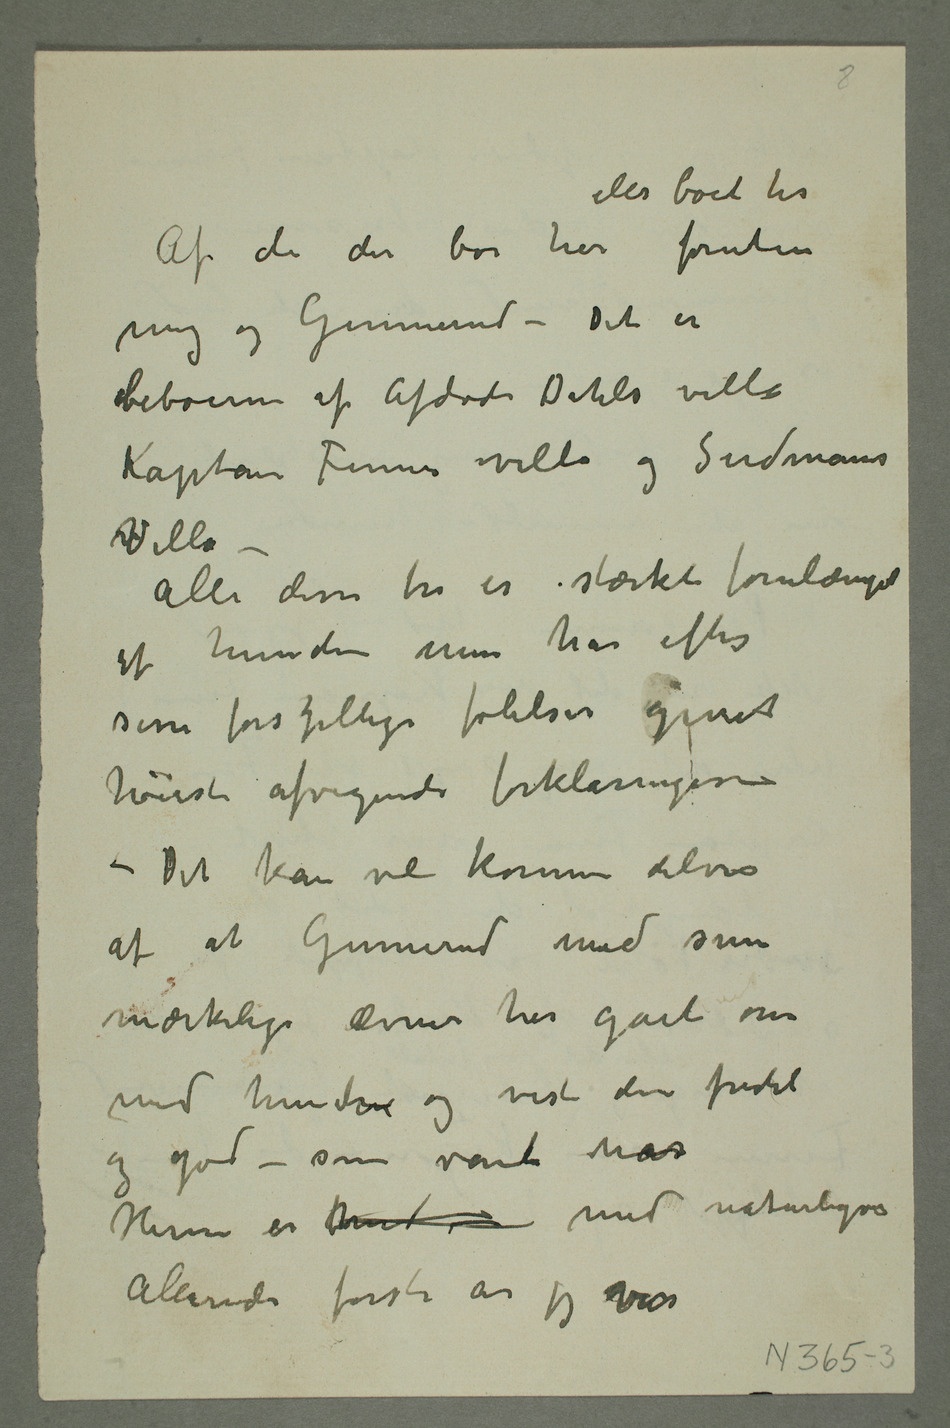
de der bor her
mig og Gunnerud – Det er
beboerne af afdøde Dahls villa
Kaptein Finnes villa og Sudmans
Villa –
af hunden men har efter
sine forskjellige følelser givet
høiest afvigende forklaringer
– Det kan vel komme delvis
af at Gunnerud med sine
mærkelige ævner har gået om
med hunden og vist den fredeli
og god – som vanli når
Herren er   med naturligvis